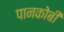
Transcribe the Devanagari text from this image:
पानकोबी